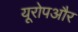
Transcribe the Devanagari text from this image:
यूरोपऔर